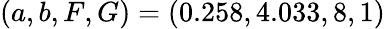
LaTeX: (a,b,F,G)=(0.258,4.033,8,1)